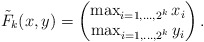
\begin{align*}\tilde{F}_k(x,y) = \begin{pmatrix}\max_{i=1,\ldots,2^k} x_i\\\max_{i=1,\ldots,2^k} y_i\end{pmatrix}.\end{align*}